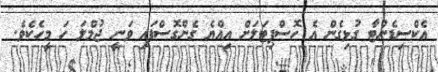
އެކްސިޑެންޓާ ގުޅިގެން އެ ހޮސްޕިޓަލަށް އިއްޔެ ގެންގޮސްފައި ވަނީ ޖުމްލަ ހަ މީހެކެވެ.